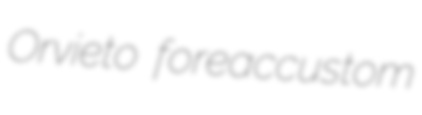
Orvieto foreaccustom